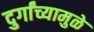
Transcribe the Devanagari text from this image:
दुर्गांच्यामुळे